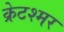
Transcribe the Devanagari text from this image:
क्रेटश्मर